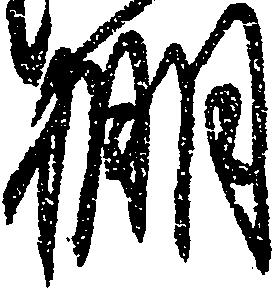
棚